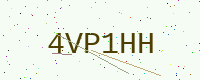
Text: 4VP1HH